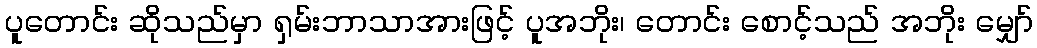
ပူတောင်း ဆိုသည်မှာ ရှမ်းဘာသာအားဖြင့် ပူအဘိုး၊ တောင်း စောင့်သည် အဘိုး မျှော်